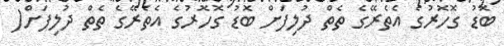
ބޮޑު ގޮހޮރުގެ އެތެރޭގެ ތެތް ދުލިފަށް ބޮޑު ގޮހޮރުގެ އެތެރޭގެ ތެތް ދުލިފަށް(